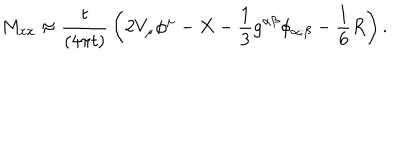
M _ { x x } \approx { \frac { t } { \left( 4 \pi t \right) } } \left( 2 V _ { \mu } \phi ^ { \mu } - X - { \frac { 1 } { 3 } } g ^ { \alpha \beta } \phi _ { \alpha ; \beta } - { \frac { 1 } { 6 } } R \right) .